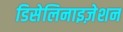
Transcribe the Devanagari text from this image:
डिसेलिनाइज़ेशन